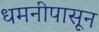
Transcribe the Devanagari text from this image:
धमनीपासून